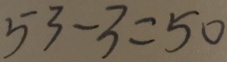
5 3 - 3 = 5 0